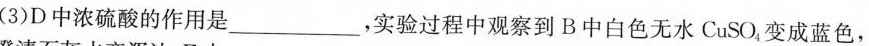
(3)D中浓硫酸的作用是___，实验过程中观察到B中白色无水CuSO_{4}变成蓝色，